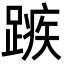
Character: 𮜆